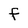
Character: f